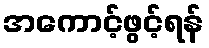
အကောင့်ဖွင့်ရန်